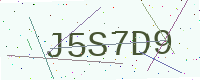
Text: J5S7D9